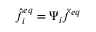
\hat { f } _ { i } ^ { e q } = \Psi _ { i } \breve { f } ^ { e q }